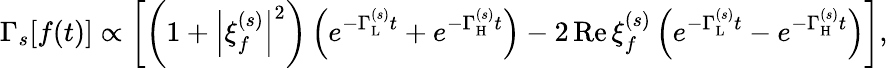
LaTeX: \Gamma_{s}[f(t)]\propto\left[\left(1+\left|\xi_{f}^{(s)}\right|^{2}\right)\left(e^{-\Gamma_{\mathrm{L}}^{(s)}t}+e^{-\Gamma_{\mathrm{H}}^{(s)}t}\right)-2\, \mathrm{Re}\, \xi_{f}^{(s)}\left(e^{-\Gamma_{\mathrm{L}}^{(s)}t}-e^{-\Gamma_{\mathrm{H}}^{(s)}t}\right)\right],